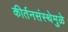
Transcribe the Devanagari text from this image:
कीर्तनसंस्थेमुळे